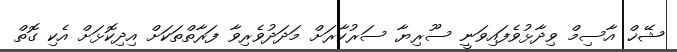
ޝޭޚް އާސިމް ވިދާޅުވެފައިވަނީ ސޫރިޔާ ސަރުކާރަށް މަދަދުވެރިވާ ފަރާތްތަކަށް އިދިކޮޅަށް އެކި ގޮތް